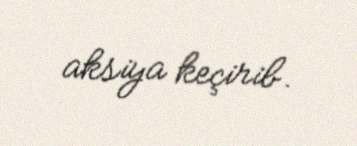
aksiya keçirib.